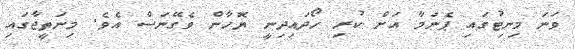
ވަނަ މިނިޓުގައި ޕެނަމާ އަށް ކުރި ހޯދައިދިނީ ޔޮހާން ވެގޭނަސް އެވެ. މިނަތީޖާގައި